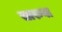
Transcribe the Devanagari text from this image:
सारुवा